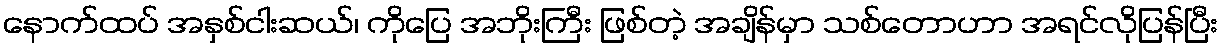
နောက်ထပ် အနှစ်ငါးဆယ်၊ ကိုပြေ အဘိုးကြီး ဖြစ်တဲ့ အချိန်မှာ သစ်တောဟာ အရင်လိုပြန်ပြီး